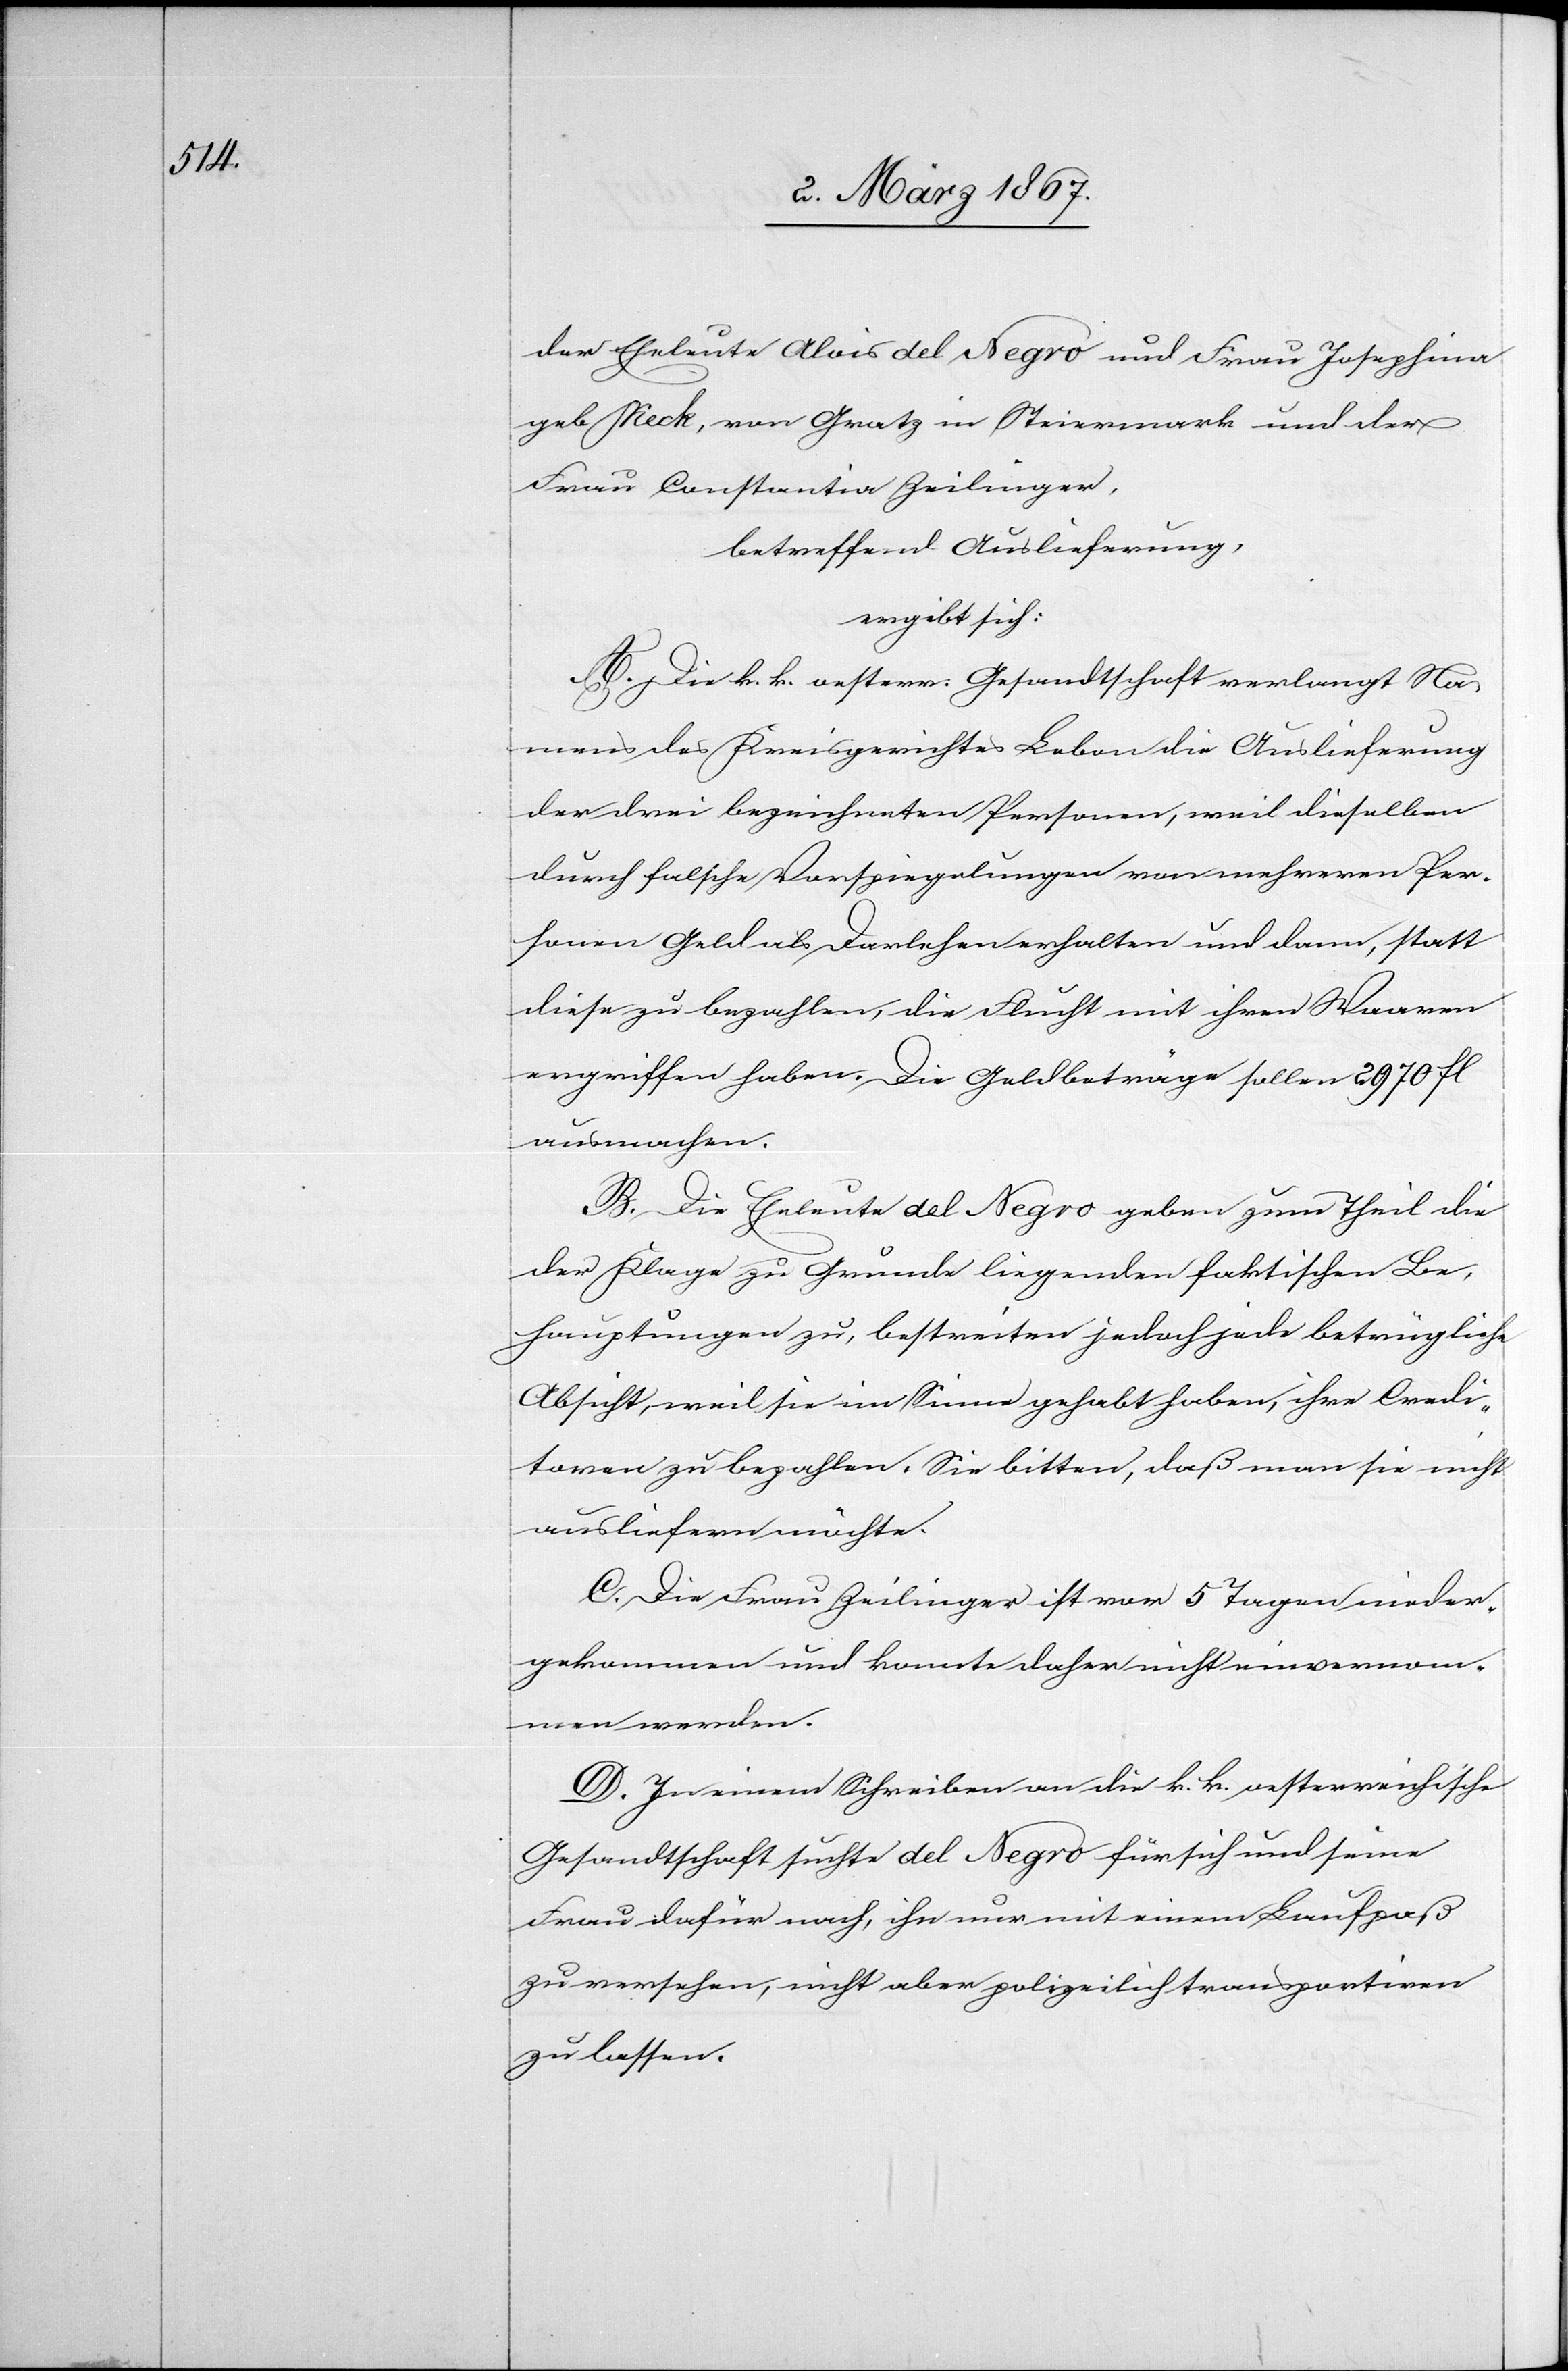
der Eheleute Alois del Negro und Frau Josephina
geb. Keck, von Gratz in Steiermark und der
Frau Constantia Zeilinger,
betreffend Auslieferung,
ergibt sich:
A. Die k. k. oesterr. Gesandtschaft verlangt Na¬
mens des Kreisgerichtes Lebon die Auslieferung
der drei bezeichneten Personen, weil dieselben
durch falsche Vorspiegelungen von mehreren Per¬
sonen Geld als Darlehen erhalten und dann, statt
diese zu bezahlen, die Flucht mit ihren Waaren
ergriffen haben. Die Geldbeträge sollen 2970 fl
ausmachen.
B. Die Eheleute del Negro geben zum Theil die
der Klage zu Grunde liegenden faktischen Be¬
hauptungen zu, bestreiten jedoch jede betrügliche
Absicht, weil sie im Sinne gehabt haben, ihre Credi¬
toren zu bezahlen. Sie bitten, daß man sie nicht
ausliefern möchte.
C. Die Frau Zeilinger ist vor 5 Tagen wieder¬
gekommen und konnte daher nicht einvernom¬
men werden.
D. In einem Schreiben an die k. k. oesterreichische
Gesandtschaft suchte del Negro für sich und seine
Frau dafür nach, ihn nur mit einem Laufpaß
zu versehen, nicht aber polizeilich transportiren
zu lassen.